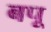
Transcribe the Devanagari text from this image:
बपू